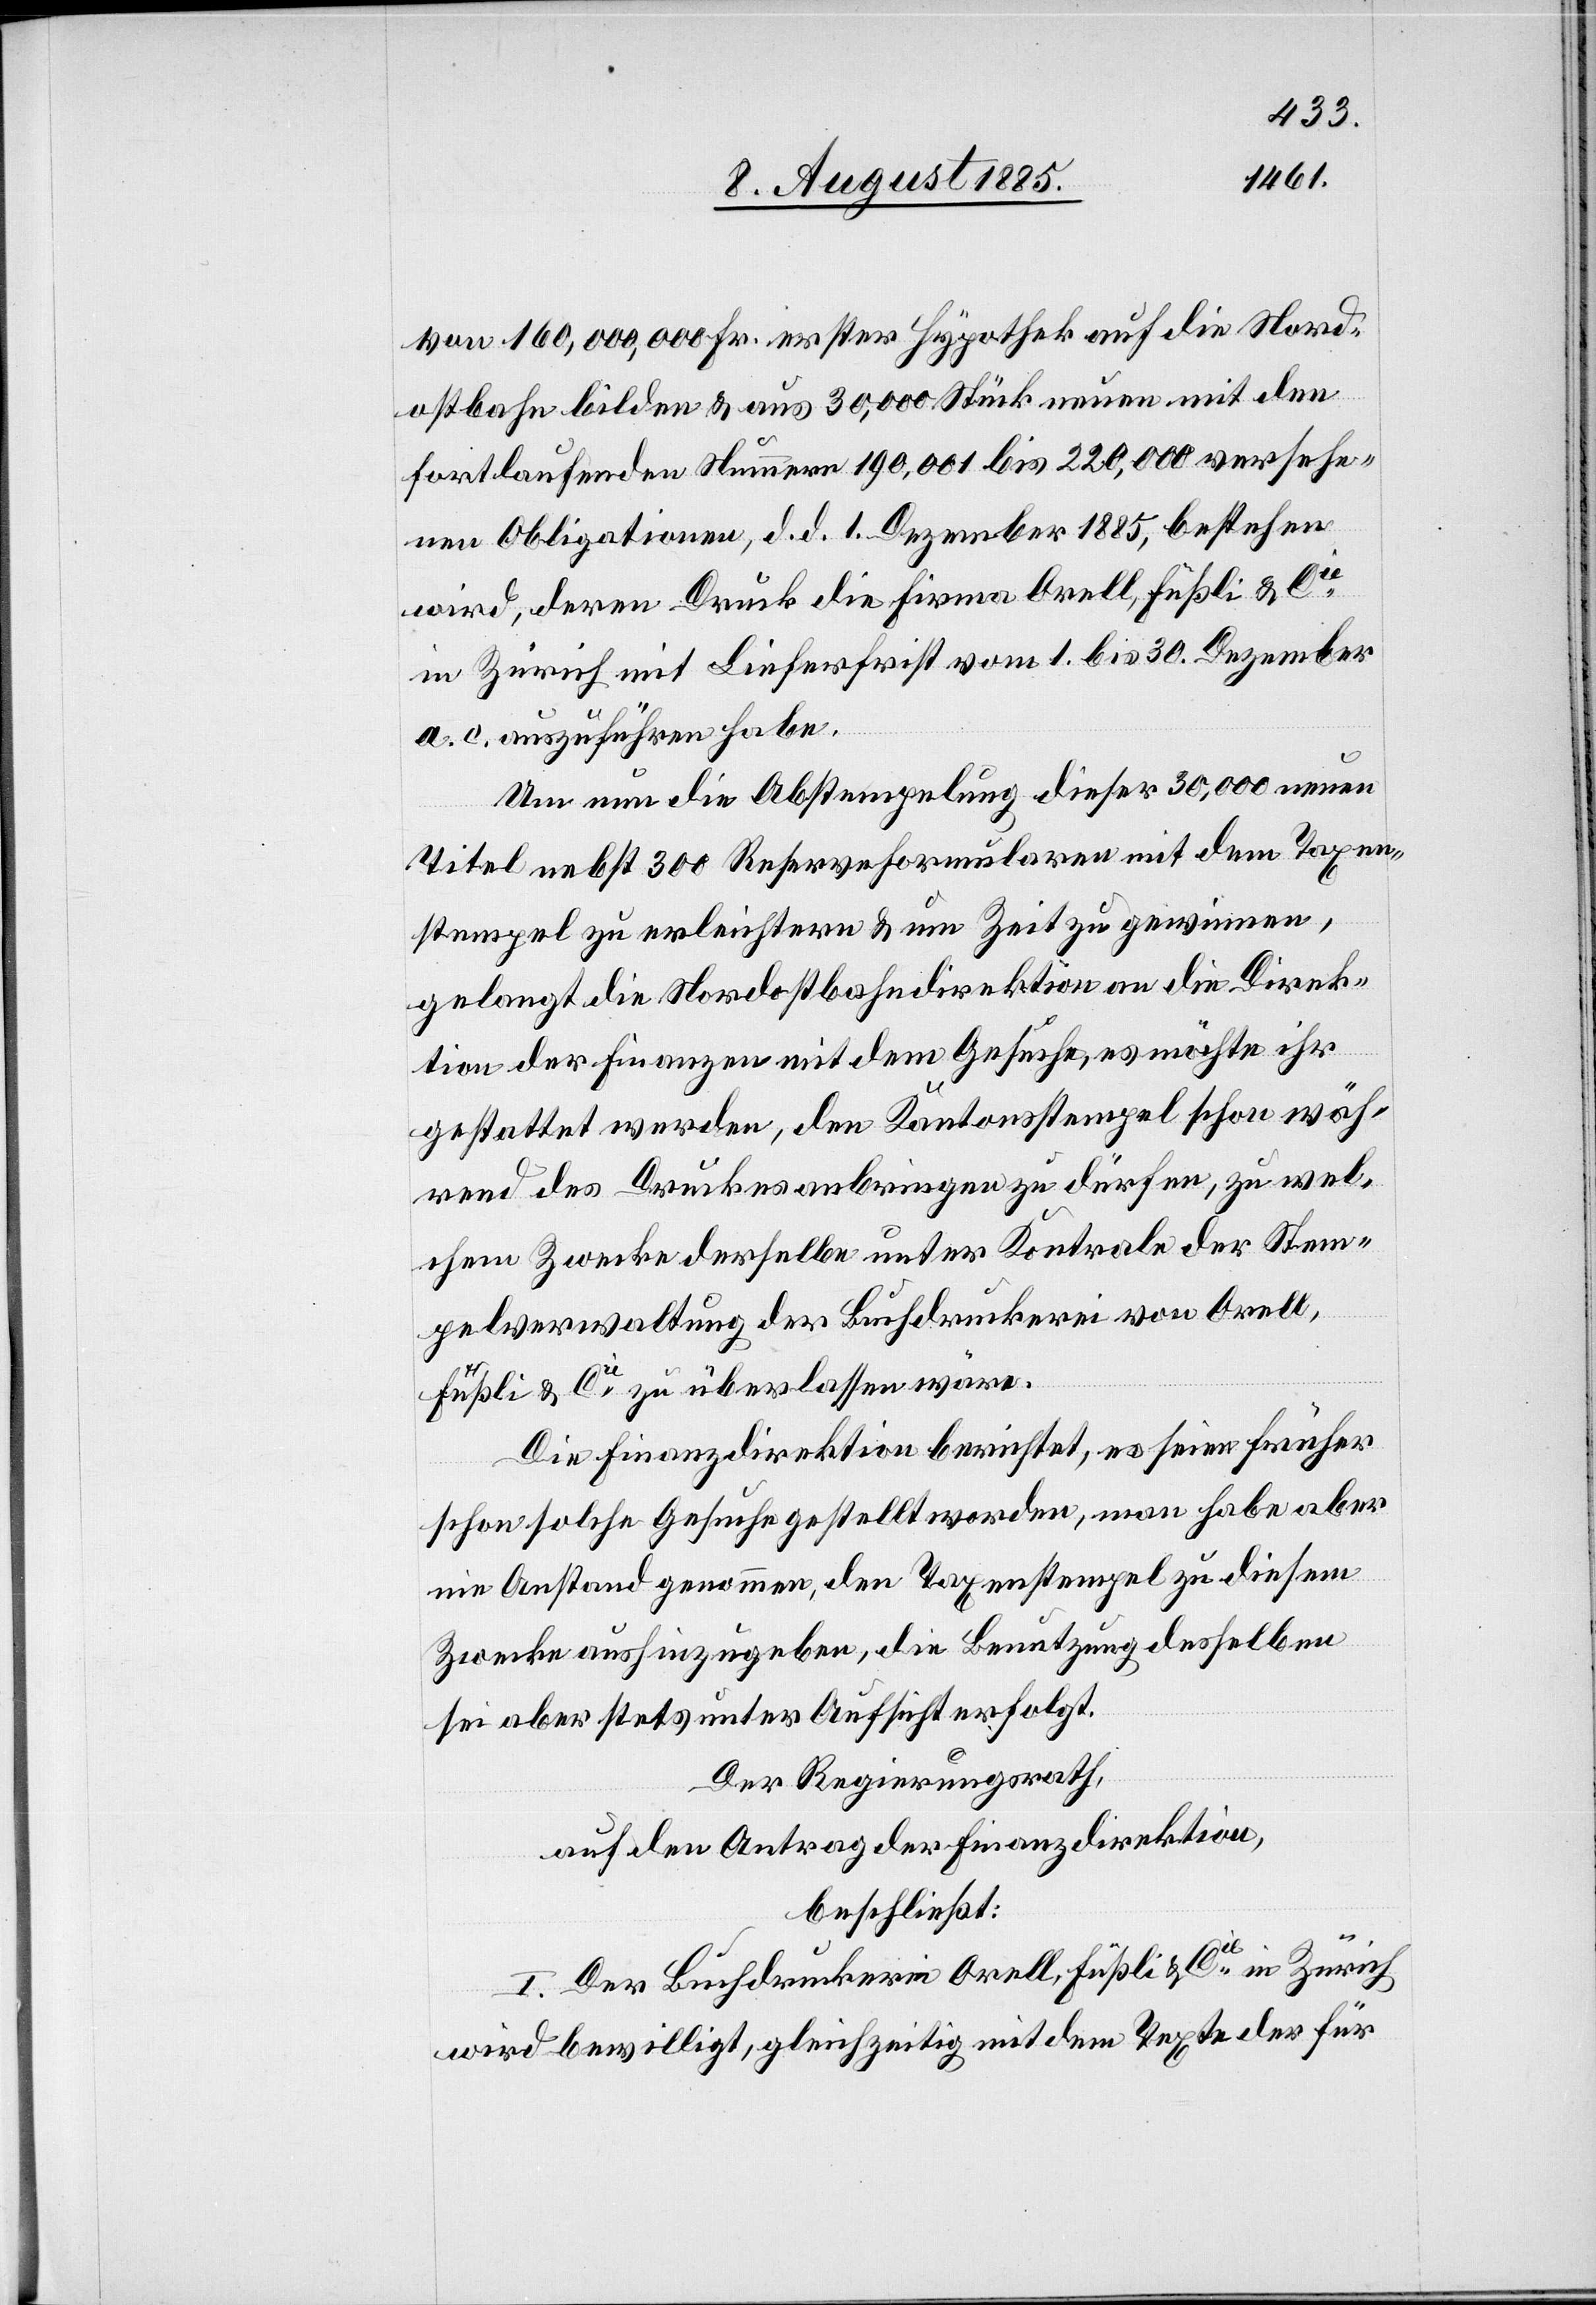
von 160,000,000 Fr. erster Hypothek auf die Nord¬
ostbahn bilden & aus 30,000 Stück neuen mit den
fortlaufenden Nummern 190,001 bis 220,000 versehe¬
nen Obligationen, d. d. 1. Dezember 1885, bestehen
wird, deren Druck die Firma Orell, Füßli & Cie
in Zürich mit Lieferfrist vom 1. bis 30. Dezember
a. c. auszuführen haben.
Um nun die Abstempelung dieser 30,000 neuen
Titel nebst 300 Reserveformularen mit dem Taxen¬
stempel zu erleichtern & um Zeit zu gewinnen,
gelangt die Nordostbahndirektion an die Direk¬
tion der Finanzen mit dem Gesuche, es möchte ihr
gestattet werden, den Kantonsstempel schon wäh¬
rend des Druckes anbringen zu dürfen, zu wel¬
chem Zweck derselbe unter Kontrole der Stem¬
pelverwaltung der Buchdruckerei von Orell,
Füßli & Cie zu überlassen wäre.
Die Finanzdirektion berichtet, es seien früher
schon solche Gesuche gestellt worden, man habe aber
nie Anstand genommen, den Taxenstempel zu diesem
Zwecke aushinzugeben, die Benutzung desselben
sei aber stets unter Aufsicht erfolgt.
Der Regierungsrath,
auf den Antrag der Finanzdirektion,
beschließt:
I. Der Buchdruckerei Orell, Füßli & Cie in Zürich
wird bewilligt, gleichzeitig mit dem Texte der für